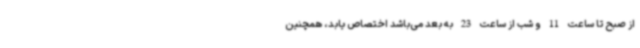
از صبح تا ساعت 11 و شب از ساعت 23 به بعد می‌باشد اختصاص یابد، همچنین